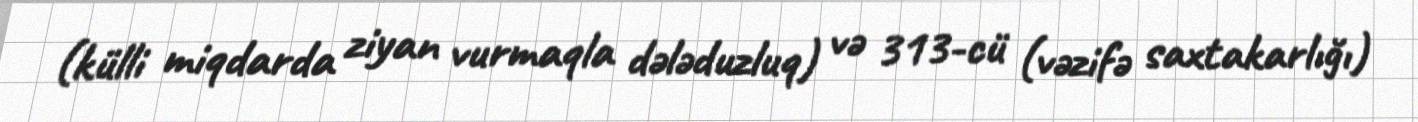
(külli miqdarda ziyan vurmaqla dələduzluq) və 313-cü (vəzifə saxtakarlığı)